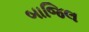
બાજિલ